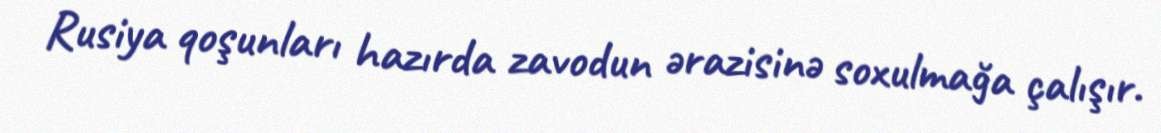
Rusiya qoşunları hazırda zavodun ərazisinə soxulmağa çalışır.